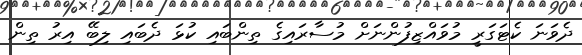
ދެވަނަ ކެޓަގަރީ މުވައްޒިފުންނަށް މުސާރައިގެ ތިންބައި ކުޅަ ދެބައި ލިބޭ އިރު ތިން